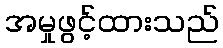
အမှုဖွင့်ထားသည်